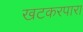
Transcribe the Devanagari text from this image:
खटकरपारा